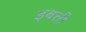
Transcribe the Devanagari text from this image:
इबत्ती